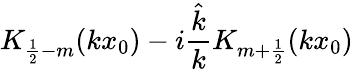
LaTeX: K_{\frac 12-m}(kx_{0})-i\frac{\hat{k}}{k}K_{m+\frac 12}(kx_{0})